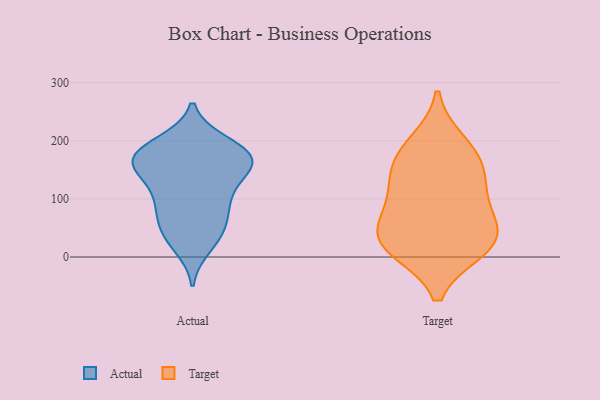
{"axis": {"x": "Backlog", "y": "Value"}, "legend": ["Actual", "Target"], "data": [{"x": "", "y": 31, "type": "Actual"}, {"x": "", "y": 112, "type": "Actual"}, {"x": "", "y": 85, "type": "Actual"}, {"x": "", "y": 180, "type": "Actual"}, {"x": "", "y": 107, "type": "Actual"}, {"x": "", "y": 59, "type": "Actual"}, {"x": "", "y": 99, "type": "Actual"}, {"x": "", "y": 147, "type": "Actual"}, {"x": "", "y": 18, "type": "Actual"}, {"x": "", "y": 197, "type": "Actual"}, {"x": "", "y": 64, "type": "Actual"}, {"x": "", "y": 158, "type": "Actual"}, {"x": "", "y": 41, "type": "Actual"}, {"x": "", "y": 163, "type": "Actual"}, {"x": "", "y": 162, "type": "Actual"}, {"x": "", "y": 195, "type": "Actual"}, {"x": "", "y": 154, "type": "Actual"}, {"x": "", "y": 164, "type": "Actual"}, {"x": "", "y": 184, "type": "Actual"}, {"x": "", "y": 170, "type": "Actual"}, {"x": "", "y": 107, "type": "Target"}, {"x": "", "y": 24, "type": "Target"}, {"x": "", "y": 159, "type": "Target"}, {"x": "", "y": 195, "type": "Target"}, {"x": "", "y": 50, "type": "Target"}, {"x": "", "y": 113, "type": "Target"}, {"x": "", "y": 166, "type": "Target"}, {"x": "", "y": 51, "type": "Target"}, {"x": "", "y": 19, "type": "Target"}, {"x": "", "y": 15, "type": "Target"}]}